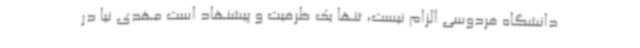
دانشگاه فردوسی الزام نیست، تنها یک ظرفیت و پیشنهاد است مهدی نیا در